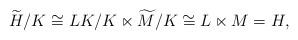
LaTeX: \begin{align*} \widetilde{H}/K \cong LK/K \ltimes \widetilde{M}/K \cong L \ltimes M = H, \end{align*}